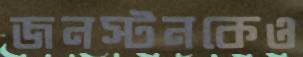
জনস্টনকেও